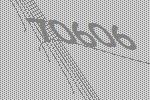
70606